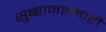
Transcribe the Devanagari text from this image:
सुब्हानल्लाही